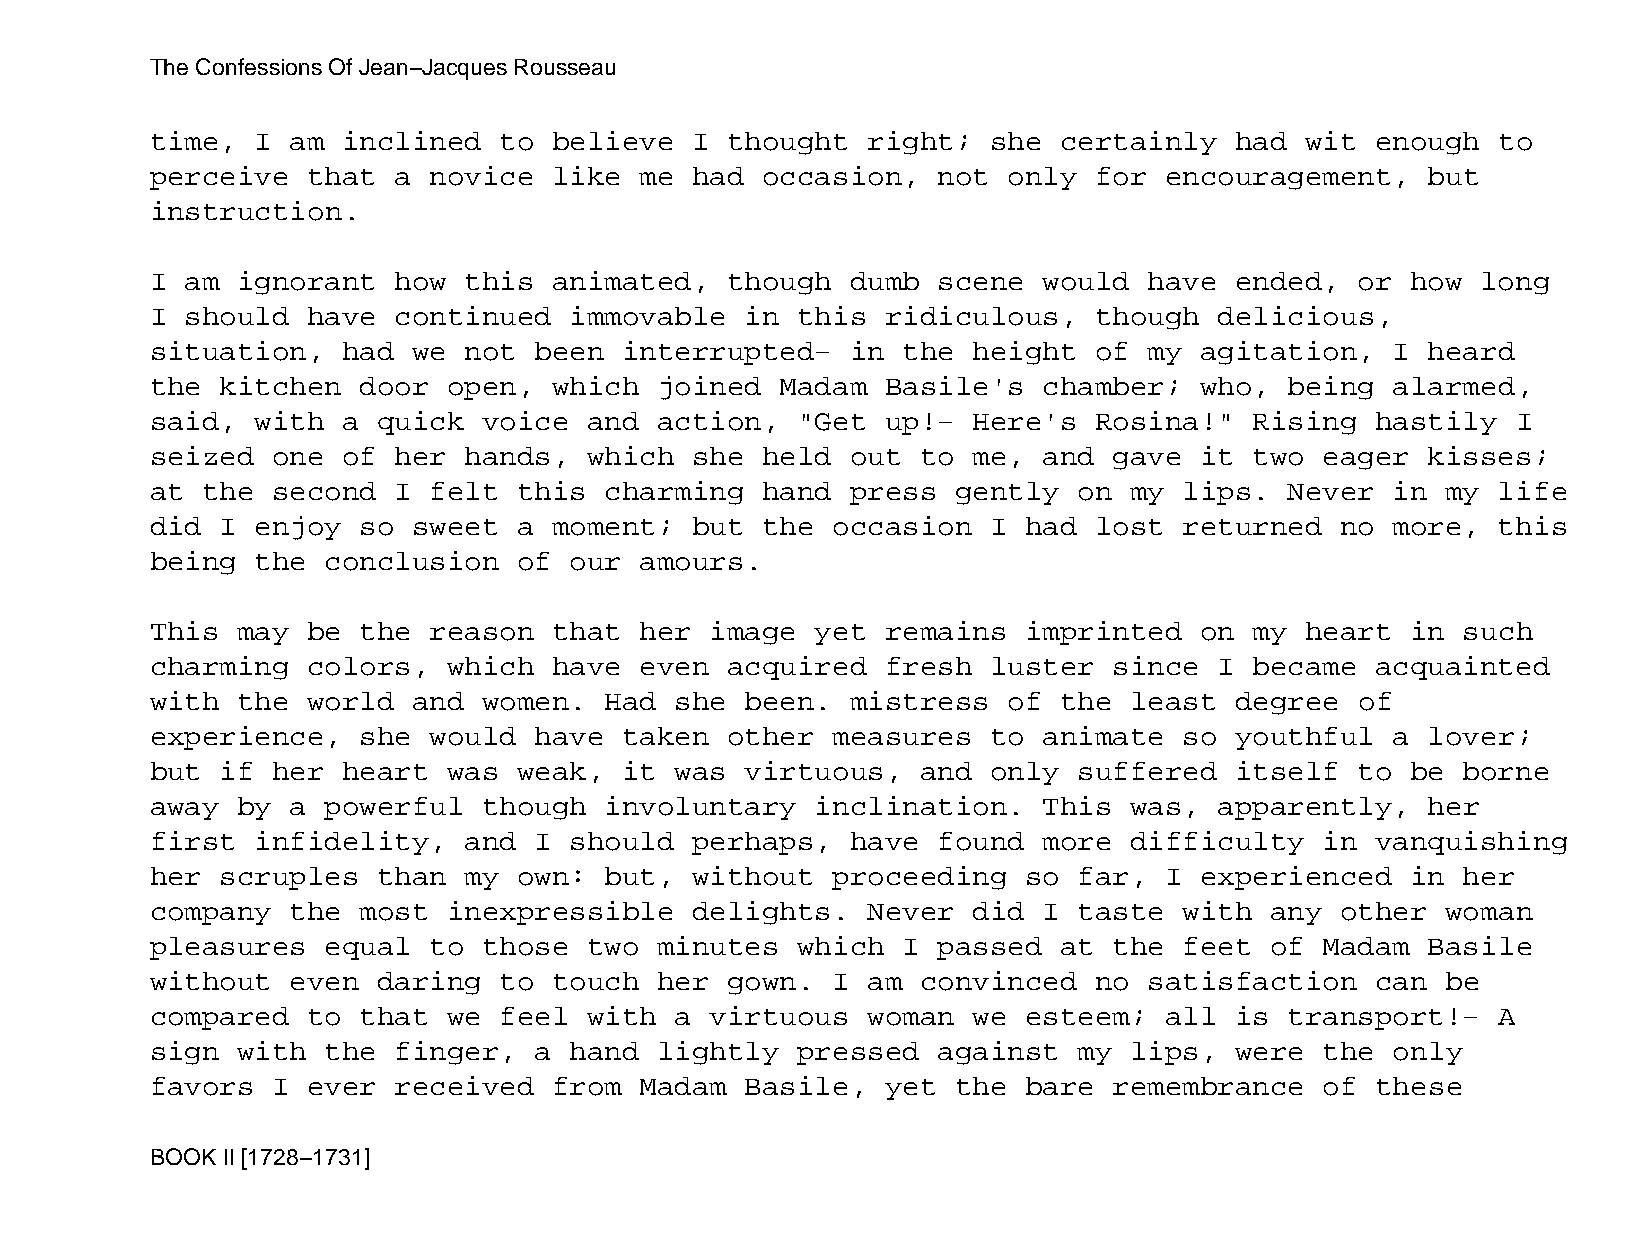
The Confessions Of Jean−Jacques Rousseau
 time,  I am  inclined  to  believe  I thought  right;   she certainly   had wit  enough  to
 perceive  that  a novice   like me  had occasion,   not  only for  encouragement,    but
 instruction.
 I am  ignorant  how  this  animated,  though  dumb  scene  would  have  ended,  or how  long
 I should  have  continued   immovable  in  this  ridiculous,  though   delicious,
 situation,   had we  not been  interrupted−   in  the height  of  my agitation,   I  heard
 the  kitchen  door  open,  which  joined  Madam  Basile's  chamber;  who,  being  alarmed,
 said,  with  a quick  voice  and  action,  "Get  up!− Here's  Rosina!"   Rising  hastily  I
 seized  one  of her  hands,  which  she held  out  to me,  and  gave it  two  eager  kisses;
 at the  second  I felt  this  charming  hand  press  gently  on  my lips.  Never  in  my life
 did  I enjoy  so sweet  a  moment;  but the  occasion   I had lost  returned   no more,  this
 being  the  conclusion  of  our amours.
 This  may be  the reason   that her  image  yet  remains  imprinted  on  my heart  in  such
 charming  colors,   which  have even  acquired   fresh  luster  since  I became  acquainted
 with  the world  and  women.  Had  she been.  mistress   of the  least  degree  of
 experience,   she would  have  taken  other  measures   to animate  so  youthful  a  lover;
 but  if her  heart  was weak,  it  was virtuous,   and  only suffered   itself  to be  borne
 away  by a  powerful  though  involuntary   inclination.   This  was,  apparently,   her
 first  infidelity,   and I  should  perhaps,  have  found  more  difficulty   in vanquishing
 her  scruples  than  my own:  but,  without  proceeding   so far,  I experienced   in  her
 company  the  most  inexpressible   delights.  Never  did  I taste  with  any  other  woman
 pleasures   equal to  those  two  minutes  which  I passed  at  the feet  of  Madam  Basile
 without  even  daring  to  touch  her gown.  I am  convinced  no  satisfaction   can  be
 compared  to  that  we feel  with  a virtuous  woman  we  esteem;  all  is transport!−   A
 sign  with  the finger,  a  hand  lightly  pressed  against  my  lips,  were  the only
 favors  I ever  received   from Madam  Basile,   yet the  bare  remembrance   of these
 BOOK II [1728−1731]